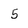
Character: 5